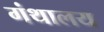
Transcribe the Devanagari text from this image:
गंथालय